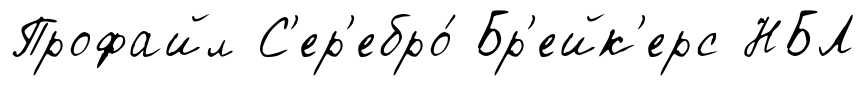
Профайл С'ер'ебро́ Бр'ейк'ерс НБЛ